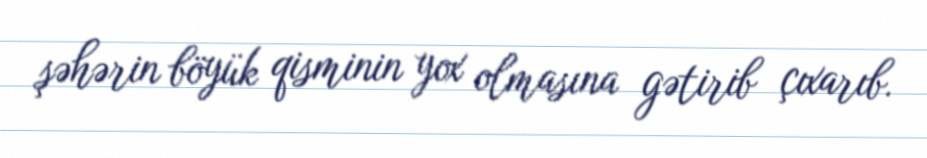
şəhərin böyük qisminin yox olmasına gətirib çıxarıb.